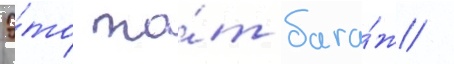
Э́то то́т бага́ж /